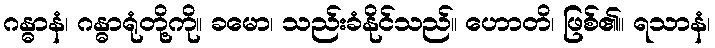
ဂန္ဓာနံ၊ ဂန္ဓာရုံတို့ကို။ ခမော၊ သည်းခံနိုင်သည်။ ဟောတိ၊ ဖြစ်၏။ ရသာနံ၊